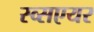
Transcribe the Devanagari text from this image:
स्व्सएयर